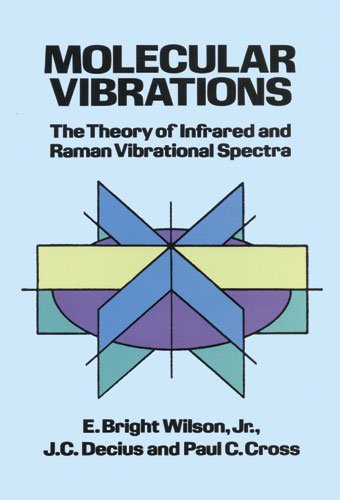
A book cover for Molecular Vibrations: The Theory of Infrared and Raman Vibrational Spectra (Dover Books on Chemistry); E. Bright Wilson Jr.; Science & Math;